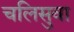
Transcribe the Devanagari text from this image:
चलिसुवा